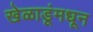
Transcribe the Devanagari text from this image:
खेळाडूंमधून